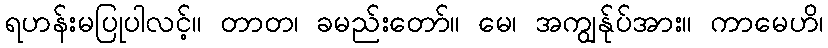
ရဟန်းမပြုပါလင့်။ တာတ၊ ခမည်းတော်။ မေ၊ အကျွန်ုပ်အား။ ကာမေဟိ၊